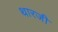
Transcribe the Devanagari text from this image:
थारजी